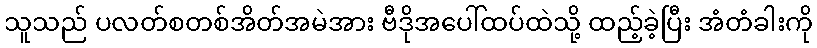
သူသည် ပလတ်စတစ်အိတ်အမဲအား ဗီဒိုအပေါ်ထပ်ထဲသို့ ထည့်ခဲ့ပြီး အံတံခါးကို